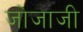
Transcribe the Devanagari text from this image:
जोजाजी